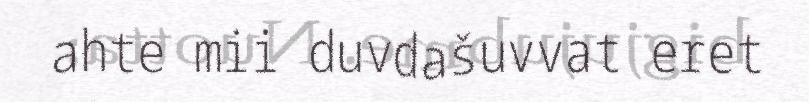
ahte mii duvdašuvvat eret